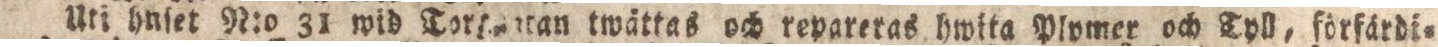
Uti hnſet N:o 31 wid Torhuatan twättas och repareras hwita Plvmer och Tyll, förfärdi=